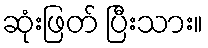
ဆုံးဖြတ် ပြီးသား။